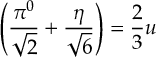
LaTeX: \left( \frac { \pi ^ { 0 } } { \sqrt { 2 } } + \frac { \eta } { \sqrt { 6 } } \right) = \frac { 2 } { 3 } u